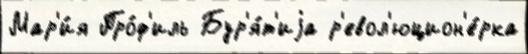
Мар'и́я Про́ф'иль Бур'я́т'иjа р'евол'юцион'е́рка